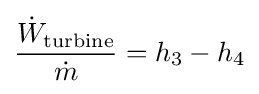
{\frac {{\dot {W}}_{\text{turbine}}}{\dot {m}}}=h_{3}-h_{4}